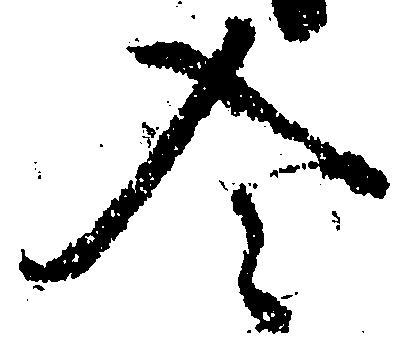
令